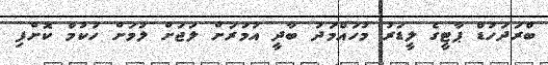
ބްރަދަހުޑް ޕާޓީގެ ލީޑަރު މުހައްމަދު ބާދީ އުމުރަށް ލަޖަށް ލުމަށް ހުކުމް ކޮށްފި